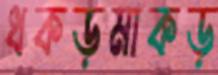
ধকড়মাকড়